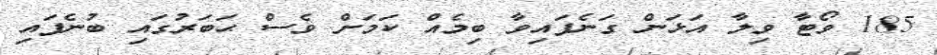
185 ވޯޓާ ވިލާ އަޅަން ގަނެފައިވާ ބިމެއް ކަމަށް ވެސް ޙަބަރުގައި ބުނެފައި